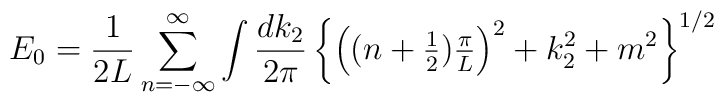
E_0=\frac{1}{2L}\sum_{n=-\infty}^\infty\int\frac{dk_2}{2\pi}\left\{\Big((n+\mbox{$\frac{1}{2}$})\mbox{$\frac{\pi}{L}$}\Big)^2+k_2^2+m^2\right\}^{1/2}